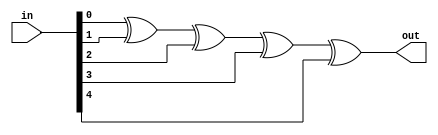
module f15_TECH_XOR5(input [4:0] in, output out);
assign out = in[0] ^ in[1] ^ in[2] ^ in[3] ^ in[4];
endmodule